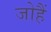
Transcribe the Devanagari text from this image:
जोहैं